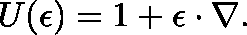
U ( \mathbf { \epsilon } ) = 1 + \mathbf { \epsilon } \cdot \nabla .